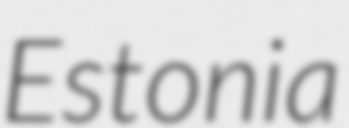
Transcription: Estonia